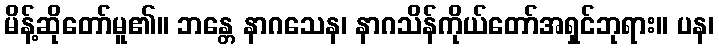
မိန့်ဆိုတော်မူ၏။ ဘန္တေ နာဂသေန၊ နာဂသိန်ကိုယ်တော်အရှင်ဘုရား။ ပန၊